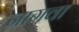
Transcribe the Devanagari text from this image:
नागवा